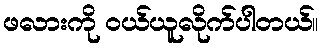
ဖလားကို ဝယ်ယူလိုက်ပါတယ်။